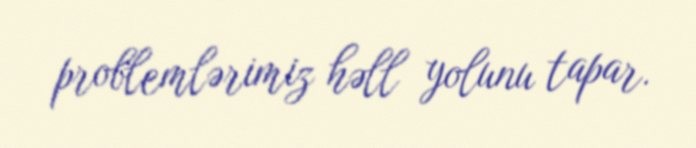
problemlərimiz həll yolunu tapar.